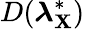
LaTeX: D(\boldsymbol{\lambda}_{\mathbf{X}}^{*})